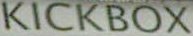
KICKBOX